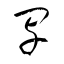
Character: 写